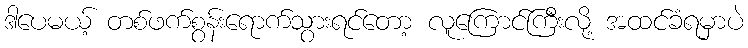
ဒါပေမယ့် တစ်ဖက်စွန်းရောက်သွားရင်တော့ လူကြောင်ကြီးလို့ အထင်ခံရမှာပဲ